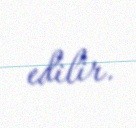
edilir.